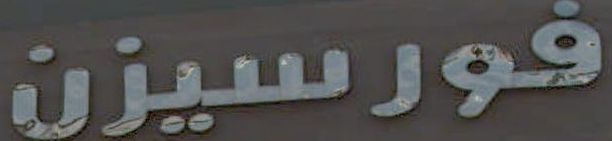
فورسيزن